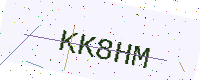
Text: KK8HM